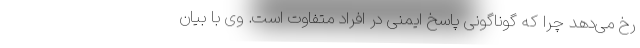
رخ می‌دهد چرا که گوناگونی پاسخ ایمنی در افراد متفاوت است. وی با بیان